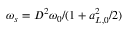
\omega _ { s } = D ^ { 2 } \omega _ { 0 } / ( 1 + a _ { L , 0 } ^ { 2 } / 2 )